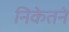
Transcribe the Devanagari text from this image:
निकेतने